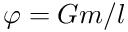
\varphi = G m / l